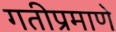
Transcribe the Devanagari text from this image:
गतीप्रमाणे